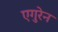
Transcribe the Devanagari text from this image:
एगुरेन